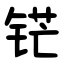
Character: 铓